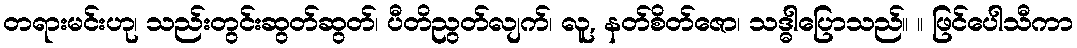
တရားမင်းဟု၊ သည်းတွင်းဆွတ်ဆွတ်၊ ပီတိညွတ်လျက်၊ လူ, နတ်စိတ်ဇော၊ သဒ္ဓါပြောသည်။ ။ ဖြင်ပေါသီကာ